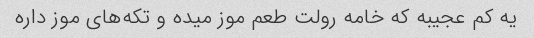
یه کم عجیبه که خامه رولت طعم موز میده و تکه‌های موز داره